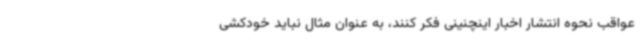
عواقب نحوه انتشار اخبار اینچنینی فکر کنند، به عنوان مثال نباید خودکشی